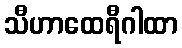
သီဟာထေရီဂါထာ